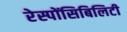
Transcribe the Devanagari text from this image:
रेस्पोंसिबिलिटी